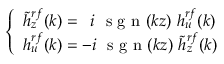
\left\{ \begin{array} { l } { \tilde { h } _ { z } ^ { r f } ( k ) = ~ \, i ~ \textrm { s g n } ( k z ) ~ h _ { u } ^ { r f } ( k ) } \\ { h _ { u } ^ { r f } ( k ) = - i ~ \textrm { s g n } ( k z ) ~ \tilde { h } _ { z } ^ { r f } ( k ) } \end{array} \right.